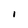
Character: i